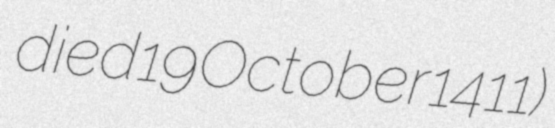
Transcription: died 19 October 1411)